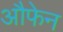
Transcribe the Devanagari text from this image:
औफेन